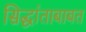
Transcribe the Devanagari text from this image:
सिद्धांताबाबत